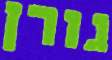
גורן